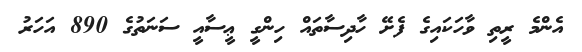
އެންމެ ރީތި ވާހަކައިގެ ފެށޭ ހާދިސާތައް ހިންގީ ޢީސާއީ ސަނަތުގެ 890 އަހަރު